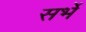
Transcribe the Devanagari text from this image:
सर्भे